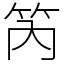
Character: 笍